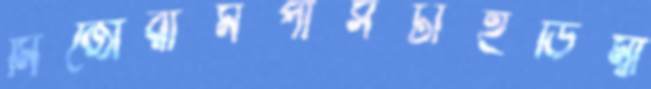
মিজোরামপাসটাইডিম্বা